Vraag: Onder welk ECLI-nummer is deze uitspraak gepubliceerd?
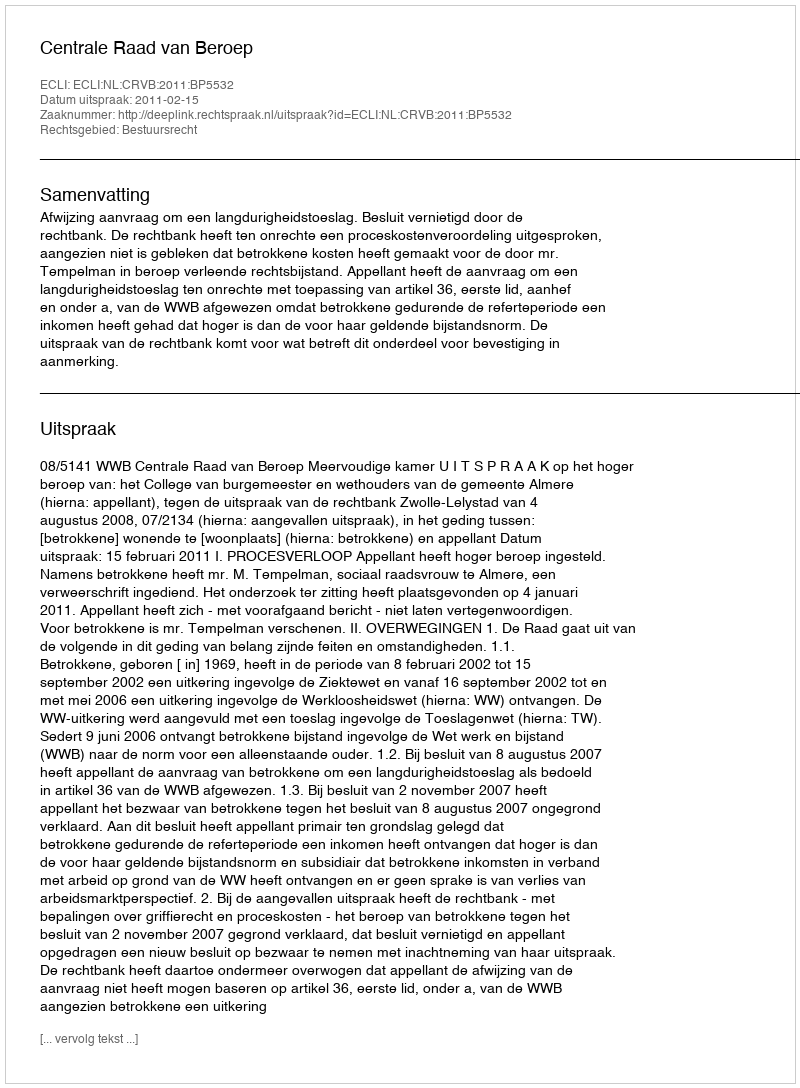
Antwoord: ECLI:NL:CRVB:2011:BP5532